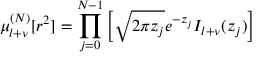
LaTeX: \mu _ { l + \nu } ^ { ( N ) } [ r ^ { 2 } ] = \prod _ { j = 0 } ^ { N - 1 } \left[ \sqrt { 2 \pi z _ { j } } e ^ { - z _ { j } } I _ { l + \nu } ( z _ { j } ) \right] \;